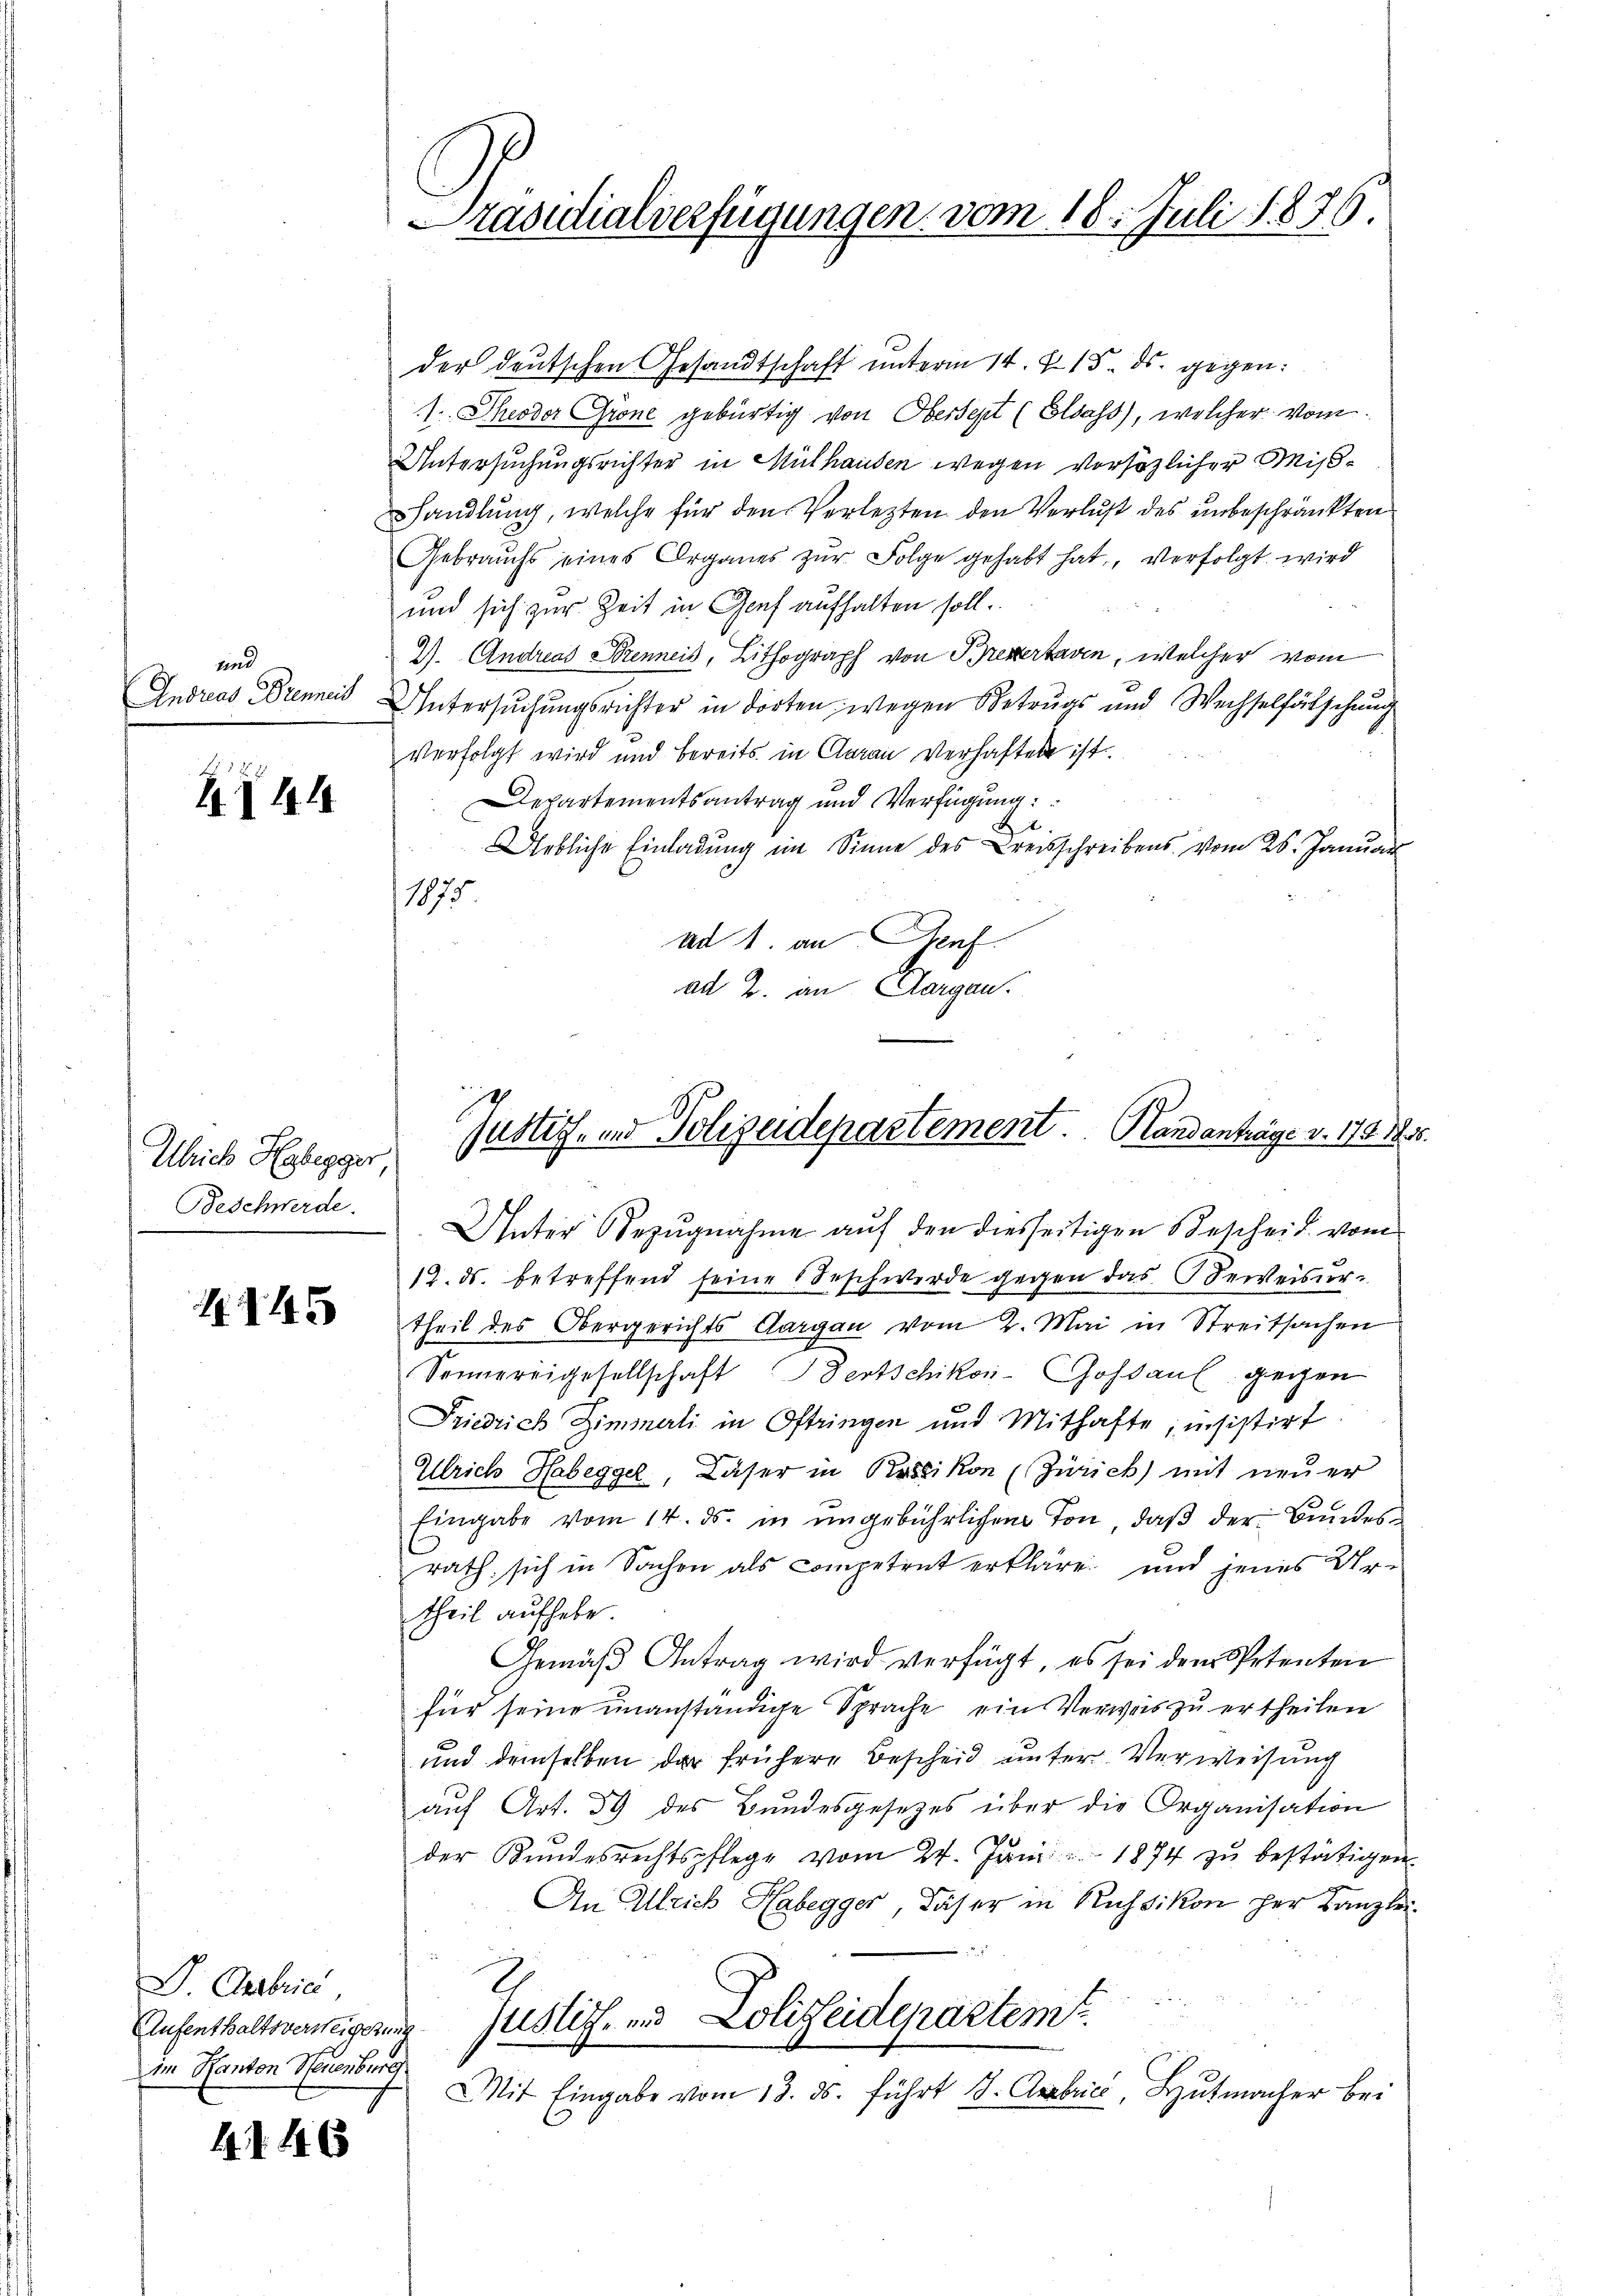
und

44

Ulrich Hasegger,
Beschwerde.

1945

der deutschen Gesandtschaft ŭnterm 14. §. 15. ds. gegen:
1. Theodor Grone gebürtig von Obersezt (Elsass), welcher vom
Untersuchungsrichter in Mülhausen wegen vorhözlicher Mißhandlung, welche für den Verletzten den Verlust des unbeschränkten
Gebrauchs eines Organes zŭr Folge gehabt hat, verfolgt wird
und sich zur Zeit in Genf aufhalten soll.
2). Andreas Brenneis, Lithograph von Brevertagen, welcher vom
Indries Brennes Untersuchungsrichter in dorten wegen Betrugs und Wechselfälschung
verfolgt wird und bereits in Claran verhaften ist.
Departementsantrag und Verfügung:
2
rbliche Einladung im Sinne des Kreisschreibens vom 25. Januar
1875.
ad 1. an Auf
ad 2. an Aargau.
Unter Bezŭgnahme aŭf den diesseitigen Bescheit vom
12. ds. betreffend seine Beschwerde gegen das Beweisur-
theil des Obergerichts Aargau vom 2. Mai in Streitsachen
Sonnereigesellschaft Bertschikon-Goßau gegen
Friedrich Zimmerli in Oftringen und Mithafte, insistirt.
Ulrich Habeggel, Daser in Bossikon (Zürich) mit neuer
Eingabe vom 14. ds. in ŭngebührlichen Ton, daβ der Bŭndes-
rath, sich in Sachen als Competent erkläre und jenes Urtheil aufhebe.
Gemäß Antrag wird verfügt, es sei dem Petenten
für seine unanständige Sprache, ein Verweis zu ertheilen
und demselben der frühere Bescheid unter Verweisung
auf Art. 59 des Bundesgesetzes über die Organisation
der Kundesrechtspflege vom 24. Juni 1874 zŭ bestätigen
An Ulrich Habegger, daher in Russikon her Kanzle
Justiz- und Lolizeidepartemt
Mit Eingabe vom 13. ds. führt d. Anbrica, Hŭtmacher bei

Oestria,
Aufenthaltsversteigerung
im Kanton Neuenburg

4146

Präsidialverfügungen vom 18. Juli 1876

Justiz- und Polizeidepartement. Handanträge v. 1791